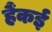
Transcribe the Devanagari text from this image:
हैंकई